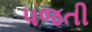
પજતી